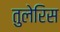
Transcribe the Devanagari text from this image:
तुलेरिस